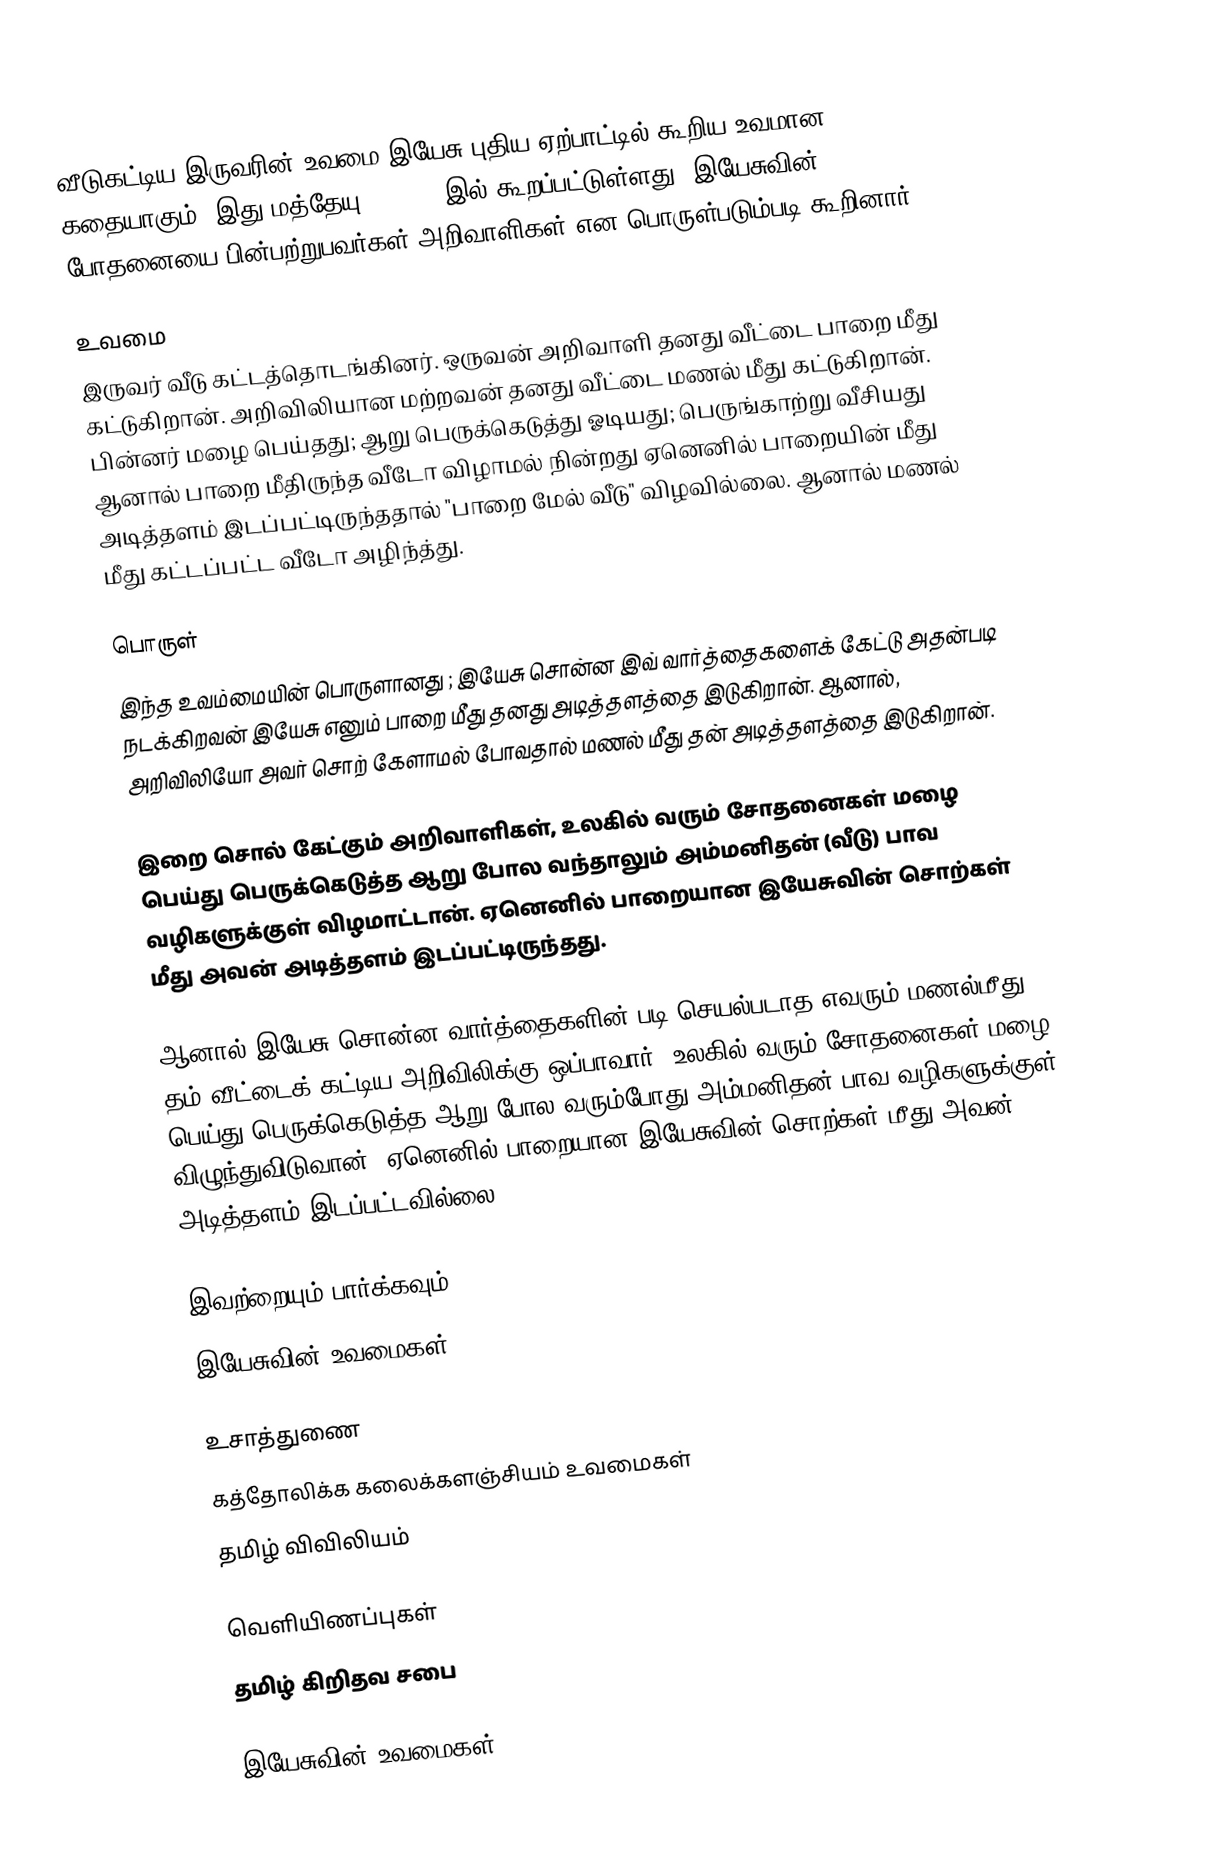
வீடுகட்டிய இருவரின் உவமை இயேசு புதிய ஏற்பாட்டில் கூறிய உவமான கதையாகும். இது மத்தேயு 7:24-27 இல் கூறப்பட்டுள்ளது. இயேசுவின் போதனையை பின்பற்றுபவர்கள் அறிவாளிகள் என பொருள்படும்படி கூறினார்.

உவமை
இருவர் வீடு கட்டத்தொடங்கினர். ஒருவன் அறிவாளி தனது வீட்டை பாறை மீது கட்டுகிறான். அறிவிலியான மற்றவன் தனது வீட்டை மணல் மீது கட்டுகிறான். பின்னர் மழை பெய்தது; ஆறு  பெருக்கெடுத்து ஓடியது; பெருங்காற்று வீசியது ஆனால் பாறை மீதிருந்த வீடோ விழாமல் நின்றது ஏனெனில் பாறையின் மீது அடித்தளம் இடப்பட்டிருந்ததால் "பாறை மேல் வீடு" விழவில்லை. ஆனால் மணல் மீது கட்டப்பட்ட வீடோ அழிந்த்து.

பொருள்
இந்த உவம்மையின் பொருளானது ; இயேசு சொன்ன இவ் வார்த்தைகளைக் கேட்டு அதன்படி நடக்கிறவன் இயேசு எனும் பாறை மீது தனது அடித்தளத்தை இடுகிறான். ஆனால், அறிவிலியோ அவர் சொற் கேளாமல் போவதால் மணல் மீது தன் அடித்தளத்தை இடுகிறான்.

இறை சொல் கேட்கும் அறிவாளிகள், உலகில் வரும் சோதனைகள் மழை பெய்து பெருக்கெடுத்த ஆறு போல வந்தாலும் அம்மனிதன் (வீடு) பாவ வழிகளுக்குள் விழமாட்டான். ஏனெனில் பாறையான இயேசுவின் சொற்கள் மீது அவன் அடித்தளம் இடப்பட்டிருந்தது.

ஆனால் இயேசு சொன்ன வார்த்தைகளின் படி செயல்படாத எவரும் மணல்மீது தம் வீட்டைக் கட்டிய அறிவிலிக்கு ஒப்பாவார். உலகில் வரும் சோதனைகள் மழை பெய்து பெருக்கெடுத்த ஆறு போல வரும்போது அம்மனிதன் பாவ வழிகளுக்குள் விழுந்துவிடுவான். ஏனெனில் பாறையான இயேசுவின் சொற்கள் மீது அவன் அடித்தளம் இடப்பட்டவில்லை.

இவற்றையும் பார்க்கவும்
இயேசுவின் உவமைகள்

உசாத்துணை
 கத்தோலிக்க கலைக்களஞ்சியம் உவமைகள்
 தமிழ் விவிலியம்

வெளியிணப்புகள்
தமிழ் கிறிதவ சபை

இயேசுவின் உவமைகள்